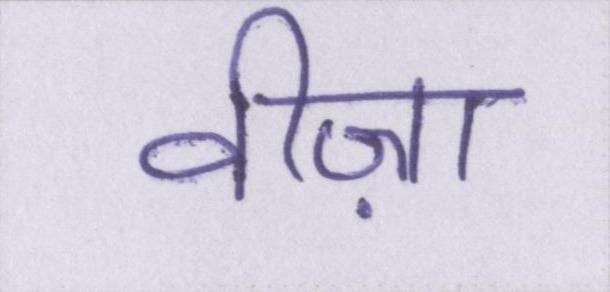
वीज़ा